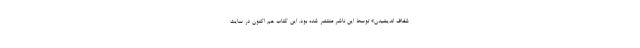
شفاف اندیشیدن» توسط این ناشر منتشر شده بود. این کتاب هم اکنون در سایت